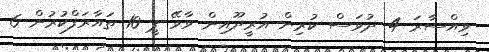
ވިއްސާރަ 4 ދުވަސް ކުރިން އުރީދޫއިން ވާވޭ ޕީ 10 ތައާރަފްކުރުން 6